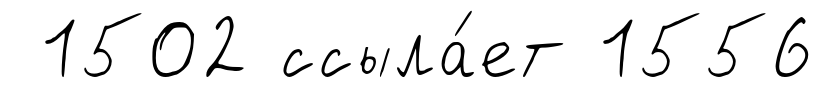
1502 ссыла́ет 1556